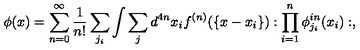
\phi ( x ) = \sum _ { n = 0 } ^ { \infty } \frac { 1 } { n ! } \sum _ { j _ { i } } \int \sum _ { j } d ^ { 4 n } x _ { i } f ^ { ( n ) } ( \{ x - x _ { i } \} ) : \prod _ { i = 1 } ^ { n } \phi _ { j _ { i } } ^ { i n } ( x _ { i } ) : ,